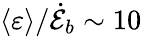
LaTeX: \left\langle\varepsilon\right\rangle/\dot{\mathcal{E}}_{b}\sim 10\